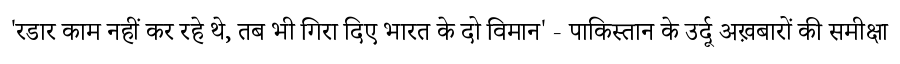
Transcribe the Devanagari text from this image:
'रडार काम नहीं कर रहे थे, तब भी गिरा दिए भारत के दो विमान' - पाकिस्तान के उर्दू अख़बारों की समीक्षा